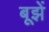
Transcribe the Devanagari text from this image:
बूझें